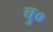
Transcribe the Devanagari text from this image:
चु०